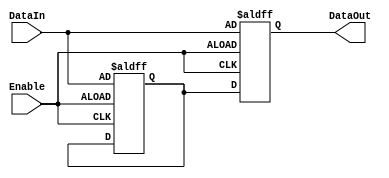
module Disable (
    input wire Enable,           // Control signal
    input wire [N-1:0] DataIn,  // Input data (N-bit wide)
    output reg [N-1:0] DataOut   // Output data (N-bit wide)
);
    parameter N = 8;            // Parameter to define the width of the input/output data

    // Internal register to hold the last value of DataOut when disabled
    reg [N-1:0] last_value;

    always @(posedge Enable or negedge Enable) begin
        if (Enable) begin
            // When enabled, update DataOut with DataIn
            DataOut <= DataIn;
            last_value <= DataIn;  // Store the last value
        end else begin
            // When disabled, retain last value or set to predefined state (optional)
            DataOut <= last_value;  // Retain the last value
            // Alternatively, you could set it to a predefined state, e.g., 0
            // DataOut <= 0; // Uncomment if you want to reset to zero when disabled
        end
    end

endmodule